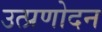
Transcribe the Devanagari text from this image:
उत्प्रणोदन